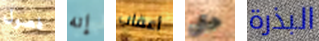
فصول إنه أعقاب حتى البذرة